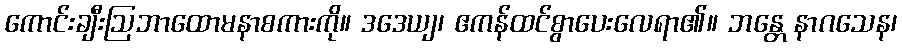
ကောင်းချီးဩဘာထောမနာစကားကို။ ဒဒေယျ၊ ဧကန်ထင်စွာပေးလေရာ၏။ ဘန္တေ နာဂသေန၊